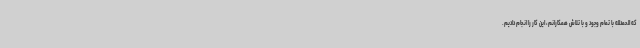
که الحمدلله با تمام وجود و با تلاش همکارانم، این کار را انجام دادیم.